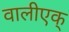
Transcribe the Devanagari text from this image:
वालीएक्